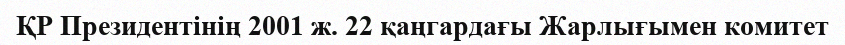
ҚР Президентінің 2001 ж. 22 қаңгардағы Жарлығымен комитет